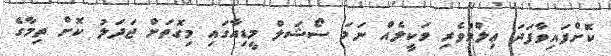
ކޮށްފައިވާފަދަ ޢިލްމުވެރި ވަކީލެއް ނަމަ ސޯޝަލް މީޑިއާގައި މިގޮތަށް ޖަދަލު ކޮށް ތިމާގެ